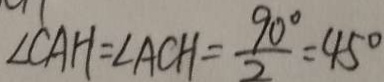
\angle C A H = \angle A C H = \frac { 9 0 ^ { \circ } } { 2 } = 4 5 ^ { \circ }